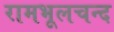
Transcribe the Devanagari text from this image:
रामभूलचन्द